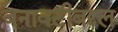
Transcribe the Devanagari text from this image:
बनावटीबद्दल